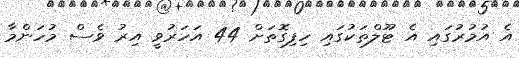
އެ އުމުރުގައި އެ ޓޫލްތަކުގައި ހިފިގޮތަށް 44 އަހަރުވީ އިރު ވެސް މުހަންމާ